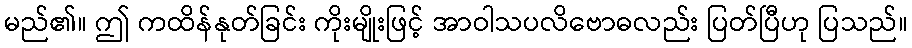
မည်၏။ ဤ ကထိန်နုတ်ခြင်း ကိုးမျိုးဖြင့် အာဝါသပလိဗောဓလည်း ပြတ်ပြီဟု ပြသည်။